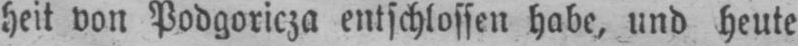
heit von Podgoricza entschlossen habe, und heute